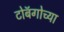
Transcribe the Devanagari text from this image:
टोबॅगोच्या